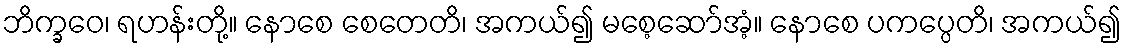
ဘိက္ခဝေ၊ ရဟန်းတို့။ နောစေ စေတေတိ၊ အကယ်၍ မစေ့ဆော်အံ့။ နောစေ ပကပ္ပေတိ၊ အကယ်၍